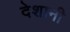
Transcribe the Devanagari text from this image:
देशानी